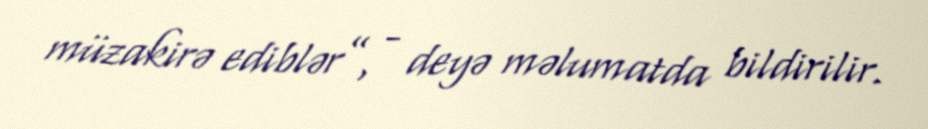
müzakirə ediblər”, - deyə məlumatda bildirilir.